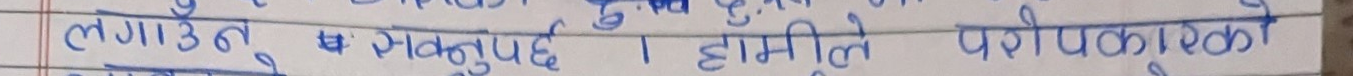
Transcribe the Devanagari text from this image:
लगाउनुपर्छ । हामीले परोपकारको